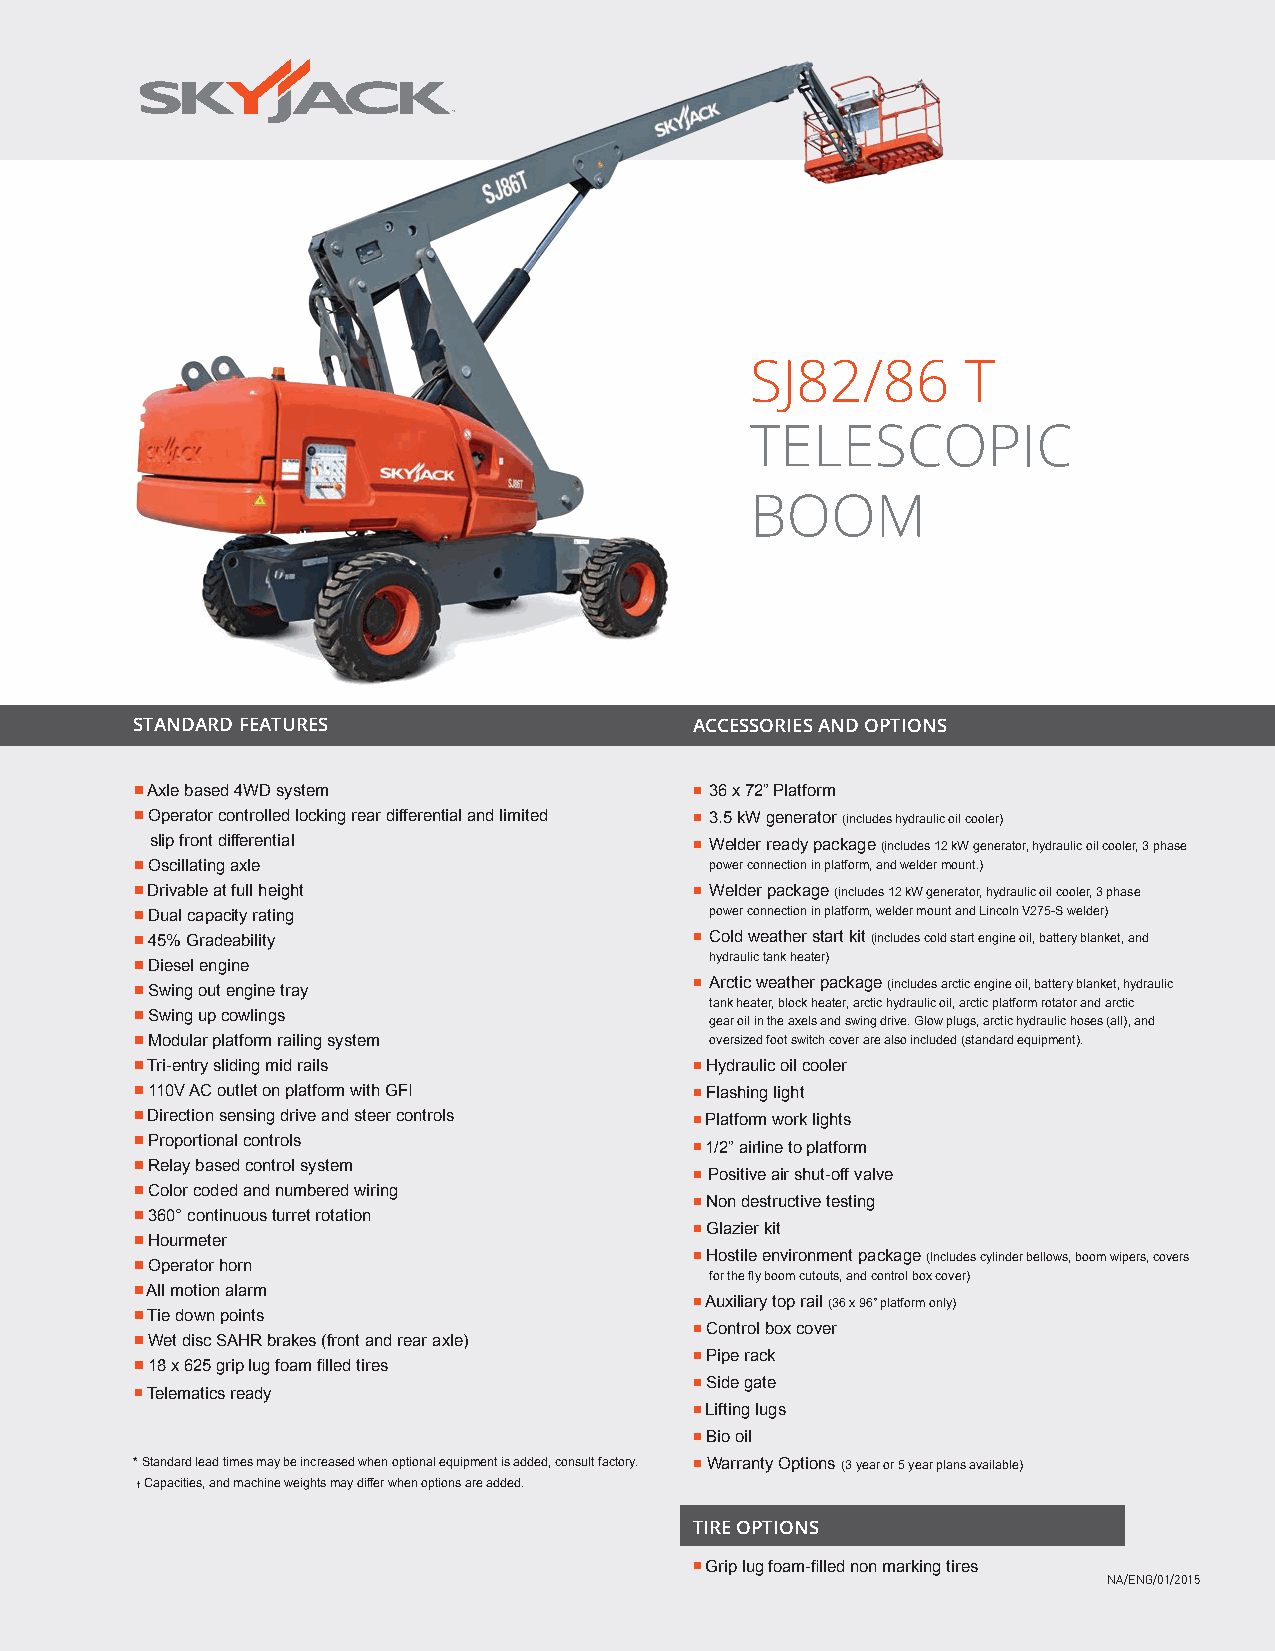
SJ82/86       T
 TELESCOPIC
 BOOM
 STANDARD FEATURES                    ACCESSORIES AND OPTIONS
 ■ Axle based 4WD system              ■ 36 x 72” Platform
 ■ Operator controlled locking rear differential and limited ■ 3.5 kW generator (includes hydraulic oil cooler)
 slip front differential             ■ Welder ready package (includes 12 kW generator, hydraulic oil cooler, 3 phase
 ■ Oscillating axle                    power connection in platform, and welder mount.)
 ■ Drivable at full height            ■ Welder package (includes 12 kW generator, hydraulic oil cooler, 3 phase
 ■ Dual capacity rating                power connection in platform, welder mount and Lincoln V275-S welder)
 ■ 45% Gradeability                   ■ Cold weather start kit (includes cold start engine oil, battery blanket, and
 ■ Diesel engine                       hydraulic tank heater)
 ■ Swing out engine tray              ■ Arctic weather package (includes arctic engine oil, battery blanket, hydraulic
 tank heater, block heater, arctic hydraulic oil, arctic platform rotator and arctic
 ■ Swing up cowlings
 gear oil in the axels and swing drive. Glow plugs, arctic hydraulic hoses (all), and
 ■ Modular platform railing system     oversized foot switch cover are also included (standard equipment).
 ■ Tri-entry sliding mid rails        ■ Hydraulic oil cooler
 ■ 110V AC outlet on platform with GFI ■ Flashing light
 ■ Direction sensing drive and steer controls ■ Platform work lights
 ■ Proportional controls              ■ 1/2” airline to platform
 ■ Relay based control system
 ■ Positive air shut-off valve
 ■ Color coded and numbered wiring
 ■ Non destructive testing
 ■ 360° continuous turret rotation
 ■ Glazier kit
 ■ Hourmeter
 ■ Operator horn                      ■ Hostile environment package (Includes cylinder bellows, boom wipers, covers
 for the fly boom cutouts, and control box cover)
 ■ All motion alarm
 ■ Auxiliary top rail (36 x 96” platform only)
 ■ Tie down points
 ■ Control box cover
 ■ Wet disc SAHR brakes (front and rear axle)
 ■ Pipe rack
 ■ 18 x 625 grip lug foam filled tires
 ■ Side gate
 ■ Telematics ready
 ■ Lifting lugs
 ■ Bio oil
 * Standard lead times may be increased when optional equipment is added, consult factory. ■ Warranty Options (3 year or 5 year plans available)
 † Capacities, and machine weights may differ when options are added.
 TIRE OPTIONS
 ■ Grip lug foam-filled non marking tires
 NA/ENG/01/2015